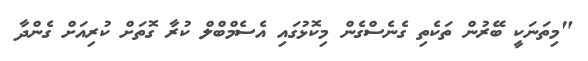
"މިތަނަކީ ބޭރުން ތަކެތި ގެނެސްގެން މިކޮޅުގައި އެސެމްބްލް ކުރާ ގޮތަށް ކުރިއަށް ގެންދާ